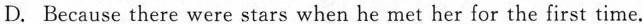
D. Because there were stars when he met her for the first time.